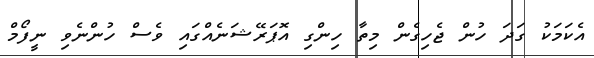
އެކަމަކު ގަދަ ހުން ޖެހިގެން މިތާ ހިންގި އޮޕަރޭޝަނެއްގައި ވެސް ހުންނެވި ނީފޯމް